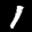
Digit: 7